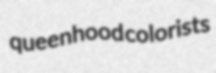
queenhood colorists